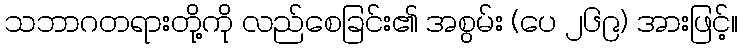
သဘာဂတရားတို့ကို လည်စေခြင်း၏ အစွမ်း (ပေ ၂၆၉) အားဖြင့်။